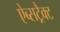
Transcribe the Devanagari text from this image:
ऐब्सट्रैक्ट